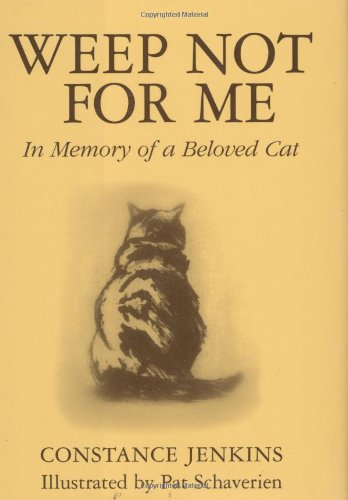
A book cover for Weep Not for Me: In Memory of a Beloved Cat; Constance Jenkins; Self-Help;